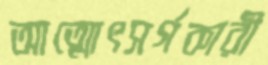
আত্মোৎসর্গকারী